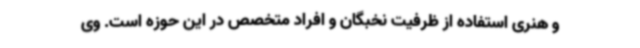
و هنری استفاده از ظرفیت نخبگان و افراد متخصص در این حوزه است. وی